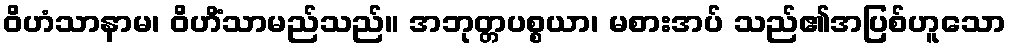
ဝိဟံသာနာမ၊ ဝိဟိံသာမည်သည်။ အဘုတ္တပစ္စယာ၊ မစားအပ် သည်၏အပြစ်ဟူသော